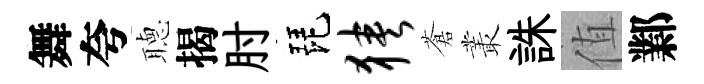
舞夸𦗟揭肘琵狭蒼叢誅值鄴